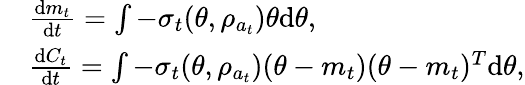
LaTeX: \begin{array}{rl}&{\frac{\mathrm{d}m_{t}}{\mathrm{d}t}=\int-\sigma_{t}(\theta,\rho_{a_{t}})\theta\mathrm{d}\theta,}\\ &{\frac{\mathrm{d}C_{t}}{\mathrm{d}t}=\int-\sigma_{t}(\theta,\rho_{a_{t}})(\theta-m_{t})(\theta-m_{t})^{T}\mathrm{d}\theta,}\end{array}